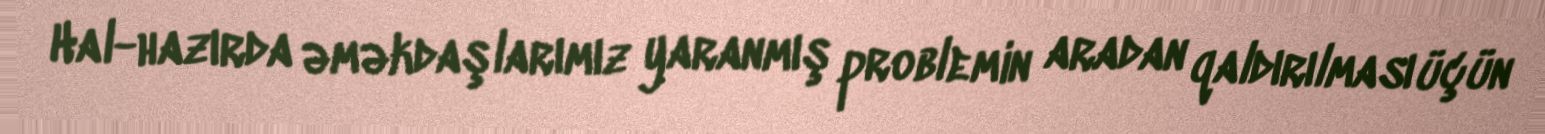
Hal-hazırda əməkdaşlarımız yaranmış problemin aradan qaldırılması üçün